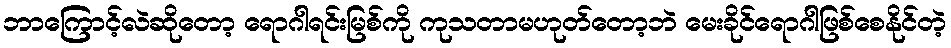
ဘာကြောင့်လဲဆိုတော့ ရောဂါရင်းမြစ်ကို ကုသတာမဟုတ်တော့ဘဲ မေးခိုင်ရောဂါဖြစ်စေနိုင်တဲ့